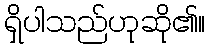
ရှိပါသည်ဟုဆို၏။